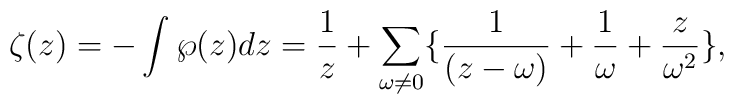
\zeta(z) =-\int\wp(z)dz = \frac{1}{z} +\sum_{\omega\neq 0} \{ \frac{1}{(z-\omega)}+\frac{1}{\omega}+\frac{z}{\omega^2} \},